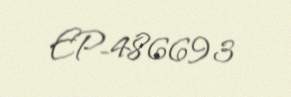
EP-486693